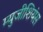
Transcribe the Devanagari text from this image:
म्युजीशियंस